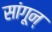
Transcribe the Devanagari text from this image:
सांगून्